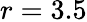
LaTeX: r=3.5